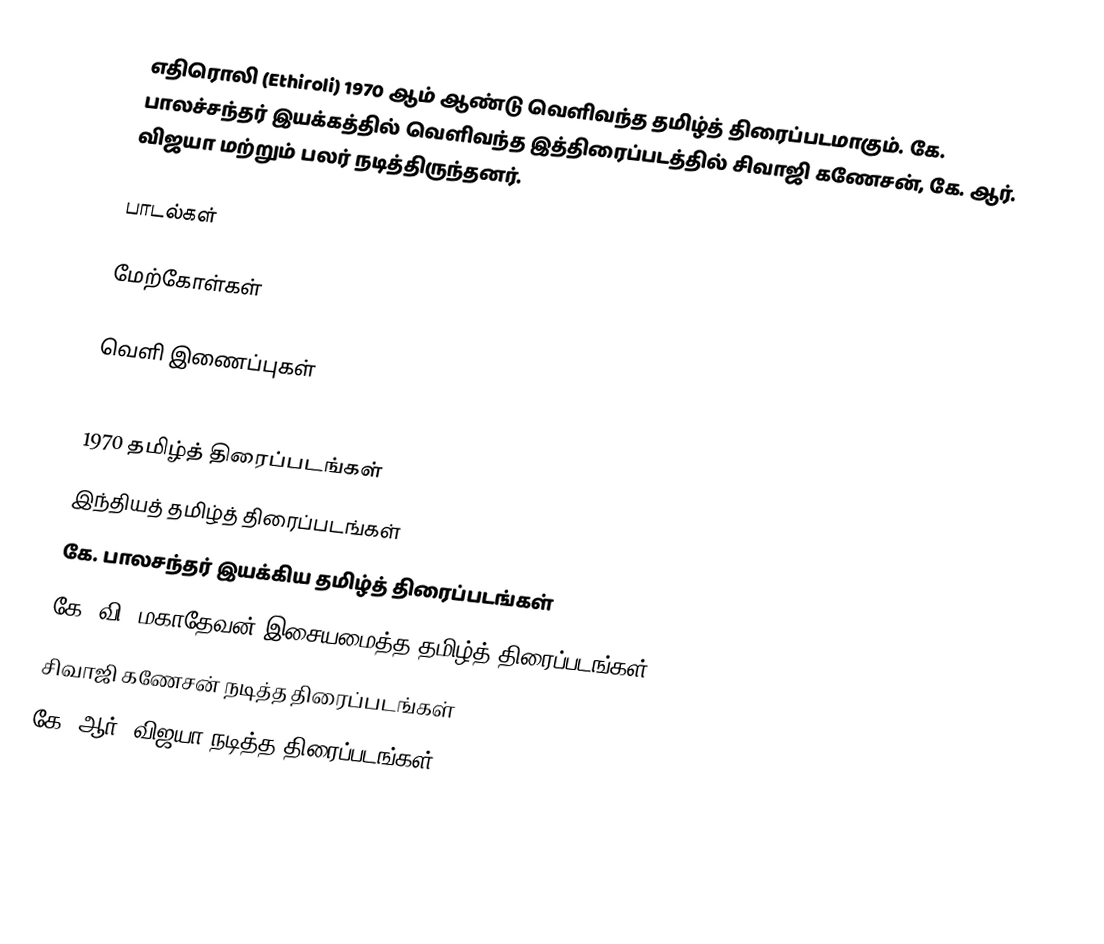
எதிரொலி (Ethiroli)  1970 ஆம் ஆண்டு வெளிவந்த தமிழ்த் திரைப்படமாகும். கே. பாலச்சந்தர் இயக்கத்தில் வெளிவந்த இத்திரைப்படத்தில் சிவாஜி கணேசன், கே. ஆர். விஜயா மற்றும் பலர் நடித்திருந்தனர்.

பாடல்கள்

மேற்கோள்கள்

வெளி இணைப்புகள்

1970 தமிழ்த் திரைப்படங்கள்
இந்தியத் தமிழ்த் திரைப்படங்கள்
கே. பாலசந்தர் இயக்கிய தமிழ்த் திரைப்படங்கள்
கே. வி. மகாதேவன் இசையமைத்த தமிழ்த் திரைப்படங்கள்
சிவாஜி கணேசன் நடித்த திரைப்படங்கள்
கே. ஆர். விஜயா நடித்த திரைப்படங்கள்